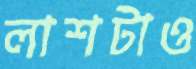
লাশটাও